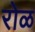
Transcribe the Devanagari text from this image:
रोळ